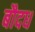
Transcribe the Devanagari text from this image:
बौदध